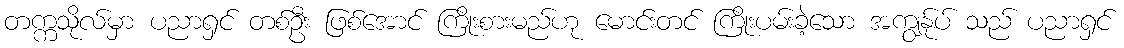
တက္ကသိုလ်မှာ ပညာရှင် တစ်ဦး ဖြစ်အောင် ကြိုးစားမည်ဟု မောင်းတင် ကြိုးပမ်းခဲ့သော အကျွန်ုပ် သည် ပညာရှင်